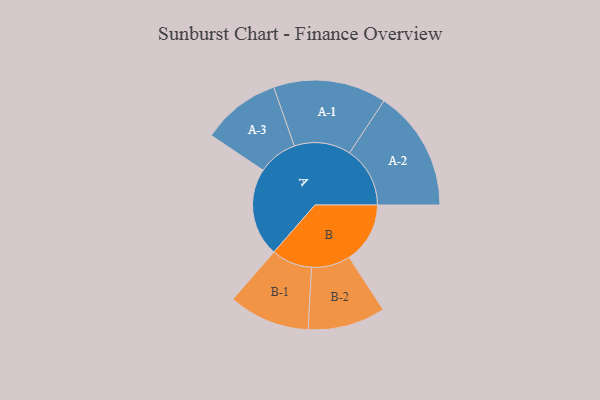
{"axis": {"x": "Segment", "y": "Value"}, "legend": ["", "A", "B"], "data": [{"x": "A", "y": 429, "type": ""}, {"x": "B", "y": 295, "type": ""}, {"x": "A-1", "y": 274, "type": "A"}, {"x": "A-2", "y": 293, "type": "A"}, {"x": "A-3", "y": 191, "type": "A"}, {"x": "B-1", "y": 197, "type": "B"}, {"x": "B-2", "y": 188, "type": "B"}]}